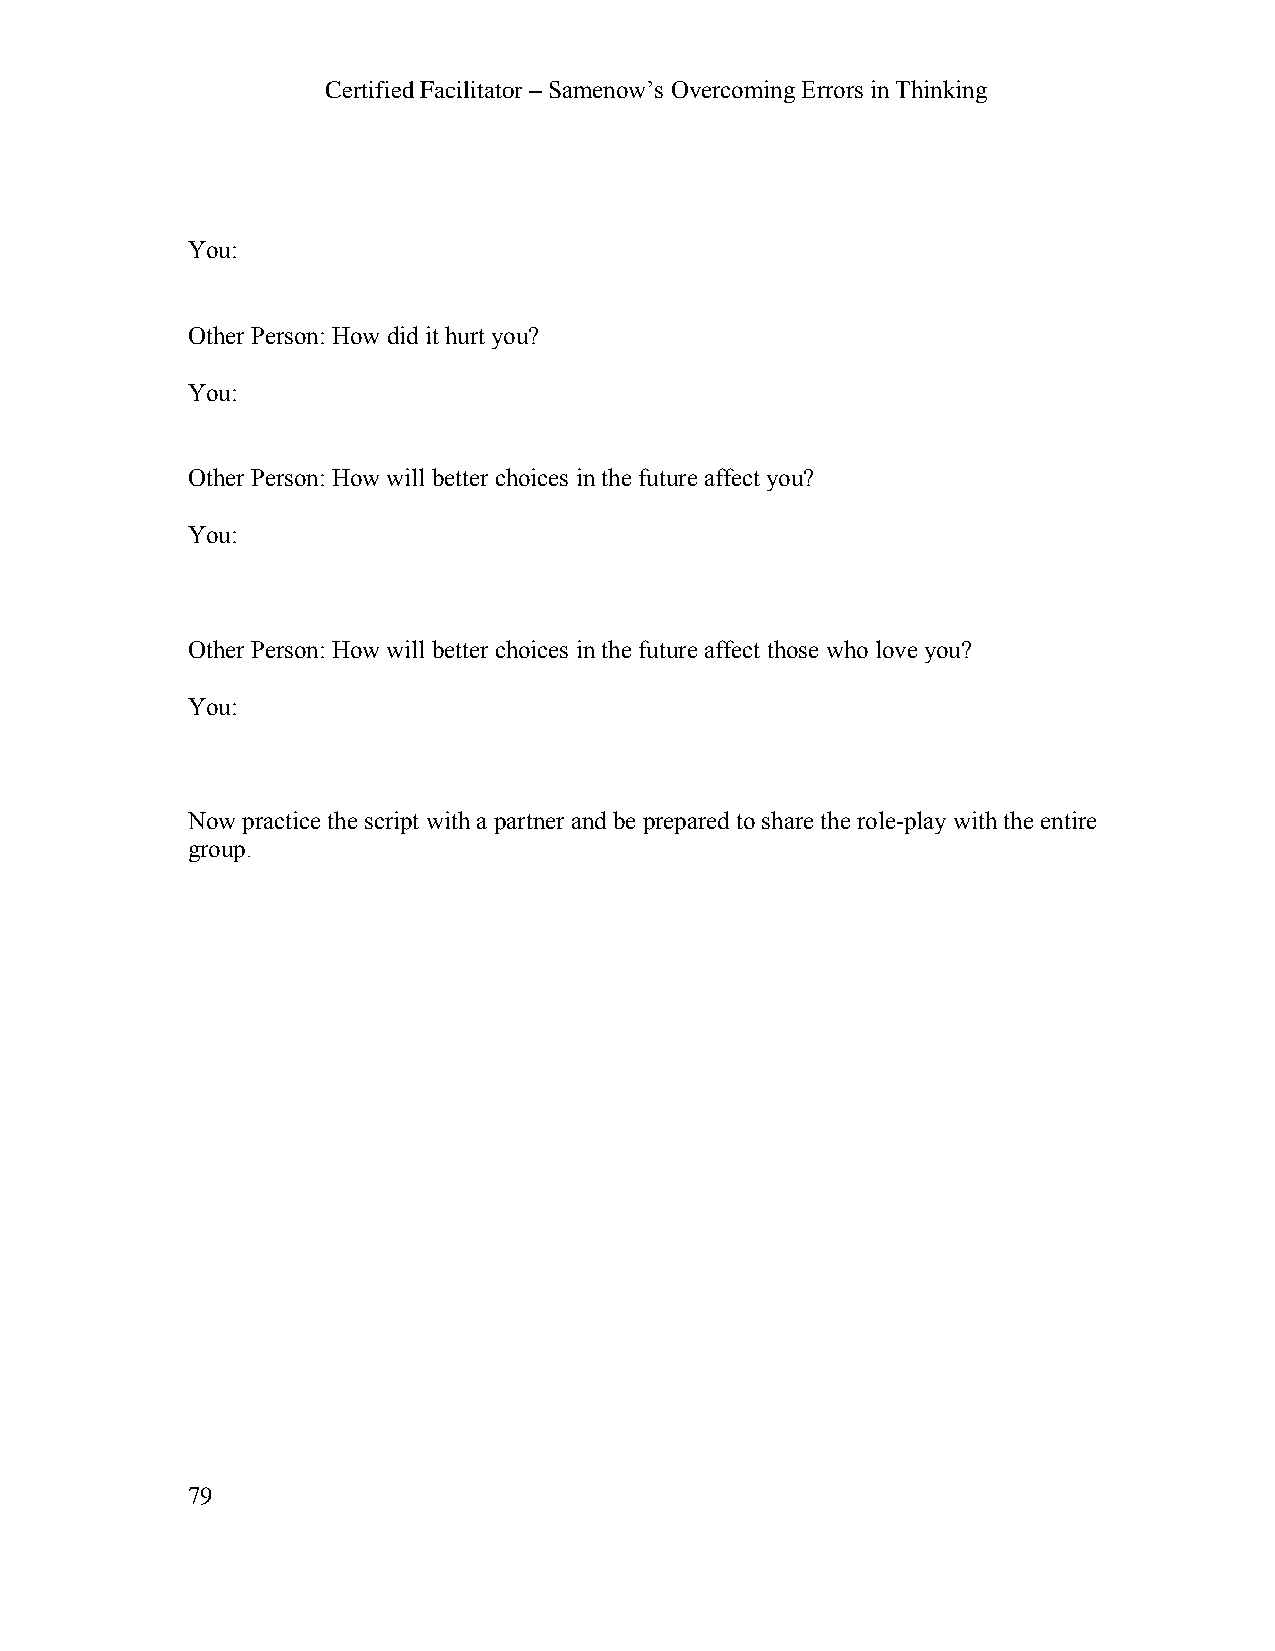
Certified Facilitator – Samenow’s Overcoming Errors in Thinking
 You:
 Other Person: How did it hurt you?
 You:
 Other Person: How will better choices in the future affect you?
 You:
 Other Person: How will better choices in the future affect those who love you?
 You:
 Now practice the script with a partner and be prepared to share the role-play with the entire
 group.
 79